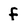
Character: f